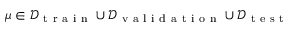
\mu \in \mathcal { D } _ { \mathrm { ~ t ~ r ~ a ~ i ~ n ~ } } \cup \mathcal { D } _ { \mathrm { ~ v ~ a ~ l ~ i ~ d ~ a ~ t ~ i ~ o ~ n ~ } } \cup \mathcal { D } _ { \mathrm { ~ t ~ e ~ s ~ t ~ } }